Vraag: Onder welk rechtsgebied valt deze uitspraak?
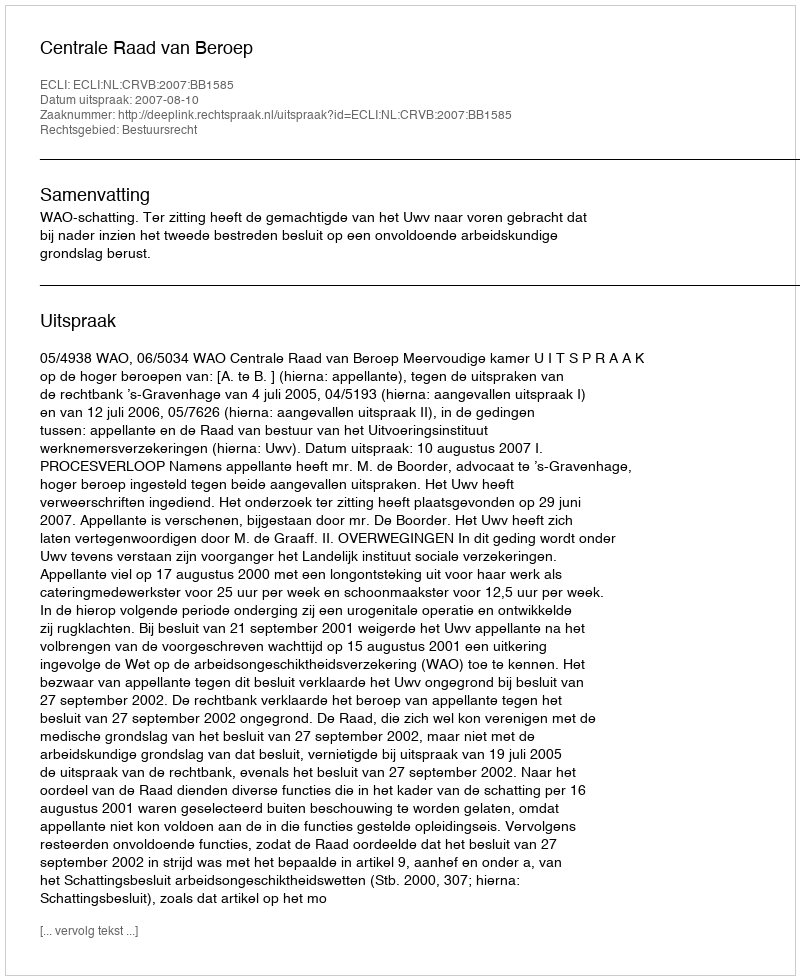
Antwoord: Bestuursrecht